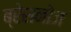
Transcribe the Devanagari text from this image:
ब्रेसनोज